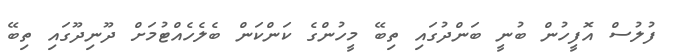
ފުލުސް އޮފީހުން ބުނީ ބަންދުގައި ތިބޭ މީހުންގެ ކަންކަން ބެލެހެއްޓުމަށް ދޫނިދޫގައި ތިބޭ